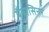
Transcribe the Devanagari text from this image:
पैनासिनर